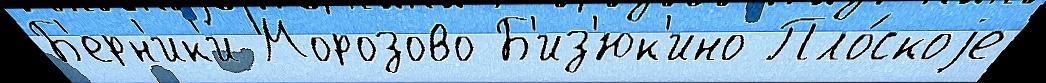
Б'ерн'ик'и Морозово Б'из'юк'ино Пло́скоjе